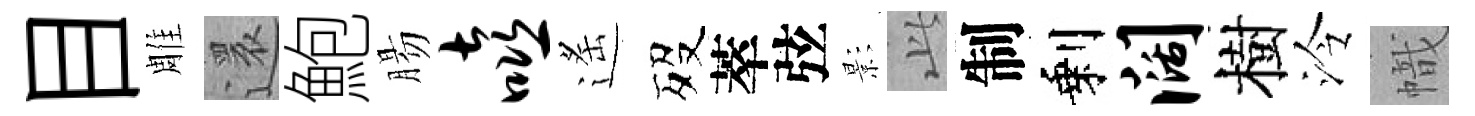
目雕還鮑腸嘻遙歿萃弦影𬼘制剩阔樹泠幟